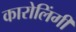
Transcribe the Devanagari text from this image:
कारोलिंगी